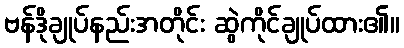
ဗန်ဒိုချုပ်နည်းအတိုင်း ဆွဲကိုင်ချုပ်ထား၏။